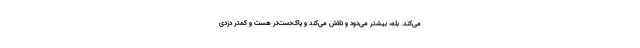
می‌کند. بله، بیشتر می‌دود و تلاش می‌کند و پاک‌‌دست‌تر هست و کمتر دزدی